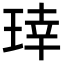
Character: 𬍬